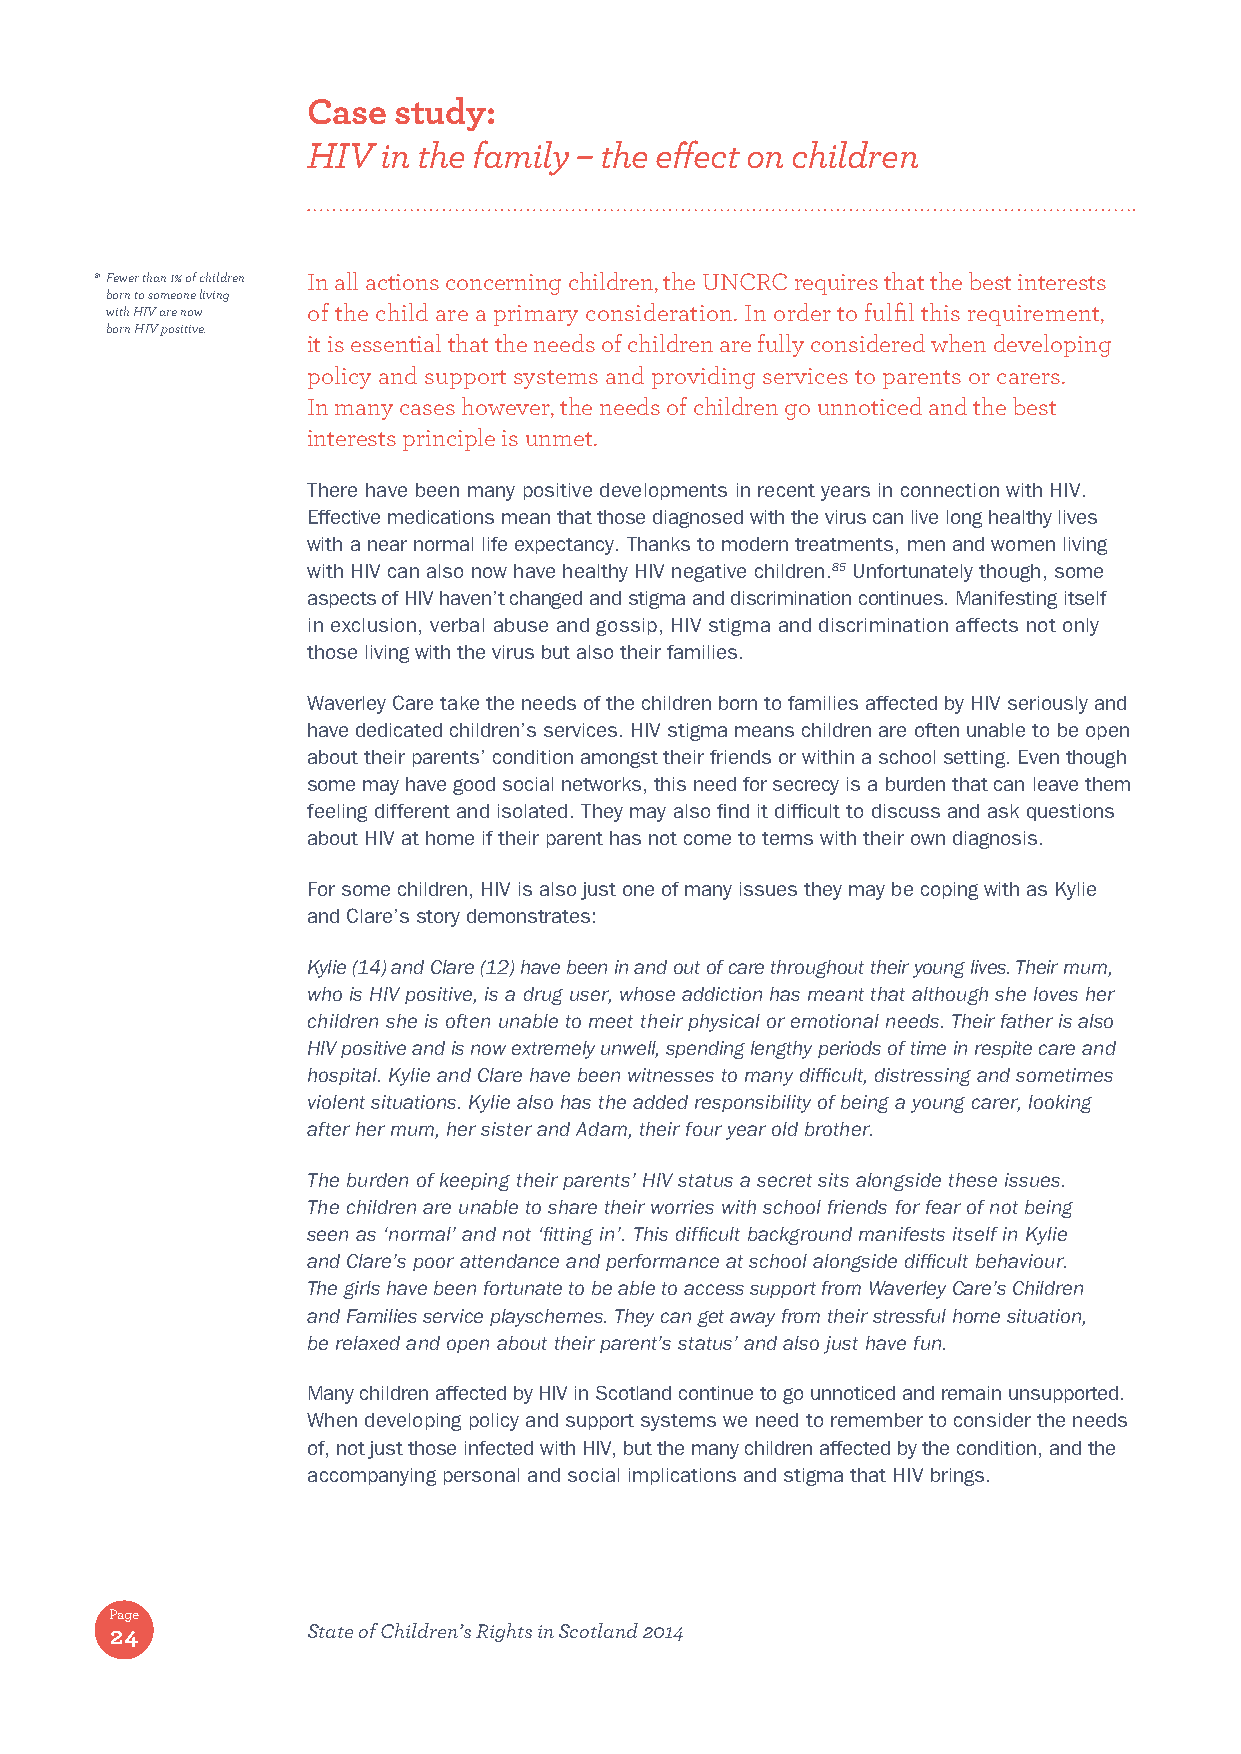
Case  study:
 HIV  in the family – the effect on children
 81 Fewer than 1% of children In all actions concerning children, the UNCRC requires that the best interests
 born to someone living
 with HIV are now of the child are a primary consideration. In order to fulfil this requirement,
 born HIV positive.
 it is essential that the needs of children are fully considered when developing
 policy and support systems and providing services to parents or carers.
 In many cases however, the needs of children go unnoticed and the best
 interests principle is unmet.
 There have been many positive developments in recent years in connection with HIV.
 Effective medications mean that those diagnosed with the virus can live long healthy lives
 with a near normal life expectancy. Thanks to modern treatments, men and women living
 with HIV can also now have healthy HIV negative children.85 Unfortunately though, some
 aspects of HIV haven’t changed and stigma and discrimination continues. Manifesting itself
 in exclusion, verbal abuse and gossip, HIV stigma and discrimination affects not only
 those living with the virus but also their families.
 Waverley Care take the needs of the children born to families affected by HIV seriously and
 have dedicated children’s services. HIV stigma means children are often unable to be open
 about their parents’ condition amongst their friends or within a school setting. Even though
 some may have good social networks, this need for secrecy is a burden that can leave them
 feeling different and isolated. They may also find it difficult to discuss and ask questions
 about HIV at home if their parent has not come to terms with their own diagnosis.
 For some children, HIV is also just one of many issues they may be coping with as Kylie
 and Clare’s story demonstrates:
 Kylie (14) and Clare (12) have been in and out of care throughout their young lives. Their mum,
 who is HIV positive, is a drug user, whose addiction has meant that although she loves her
 children she is often unable to meet their physical or emotional needs. Their father is also
 HIV positive and is now extremely unwell, spending lengthy periods of time in respite care and
 hospital. Kylie and Clare have been witnesses to many difficult, distressing and sometimes
 violent situations. Kylie also has the added responsibility of being a young carer, looking
 after her mum, her sister and Adam, their four year old brother.
 The burden of keeping their parents’ HIV status a secret sits alongside these issues.
 The children are unable to share their worries with school friends for fear of not being
 seen as ‘normal’ and not ‘fitting in’. This difficult background manifests itself in Kylie
 and Clare’s poor attendance and performance at school alongside difficult behaviour.
 The girls have been fortunate to be able to access support from Waverley Care’s Children
 and Families service playschemes. They can get away from their stressful home situation,
 be relaxed and open about their parent’s status’ and also just have fun.
 Many children affected by HIV in Scotland continue to go unnoticed and remain unsupported.
 When developing policy and support systems we need to remember to consider the needs
 of, not just those infected with HIV, but the many children affected by the condition, and the
 accompanying personal and social implications and stigma that HIV brings.
 Page
 24           State of Children’s Rights in Scotland 2014